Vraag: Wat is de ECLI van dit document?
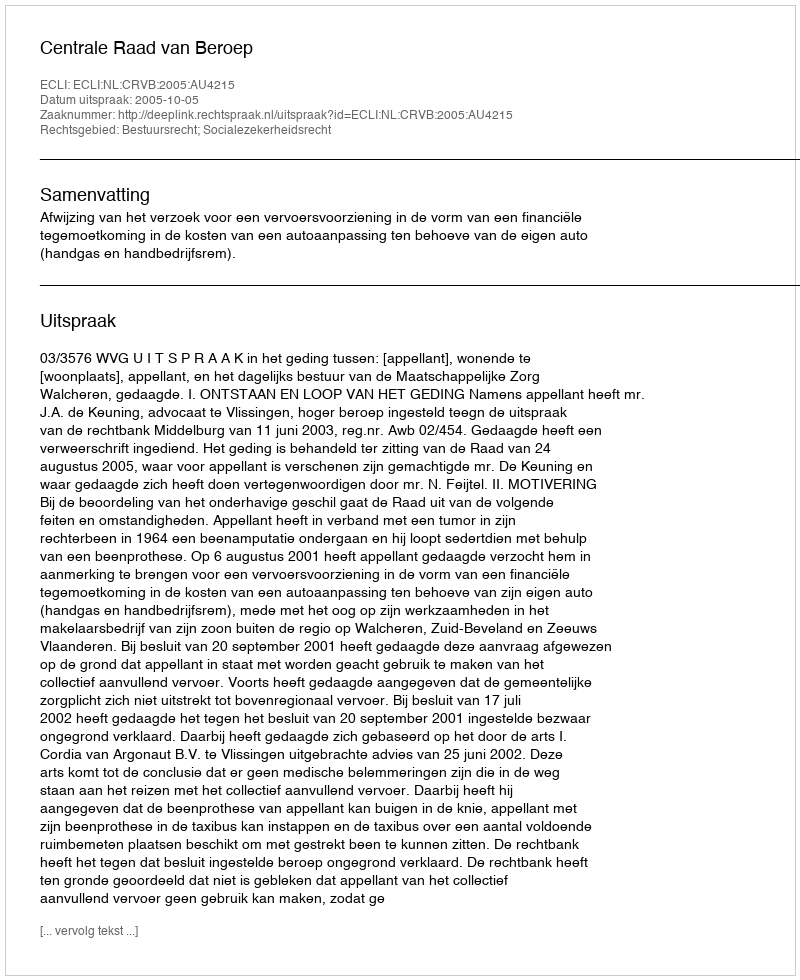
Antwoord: ECLI:NL:CRVB:2005:AU4215